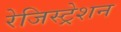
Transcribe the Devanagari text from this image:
रेजिस्ट्रेशन